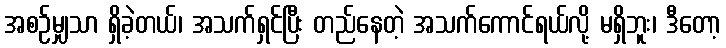
အစဉ်မျှသာ ရှိခဲ့တယ်၊ အသက်ရှင်ပြီး တည်နေတဲ့ အသက်ကောင်ရယ်လို့ မရှိဘူး၊ ဒီတော့